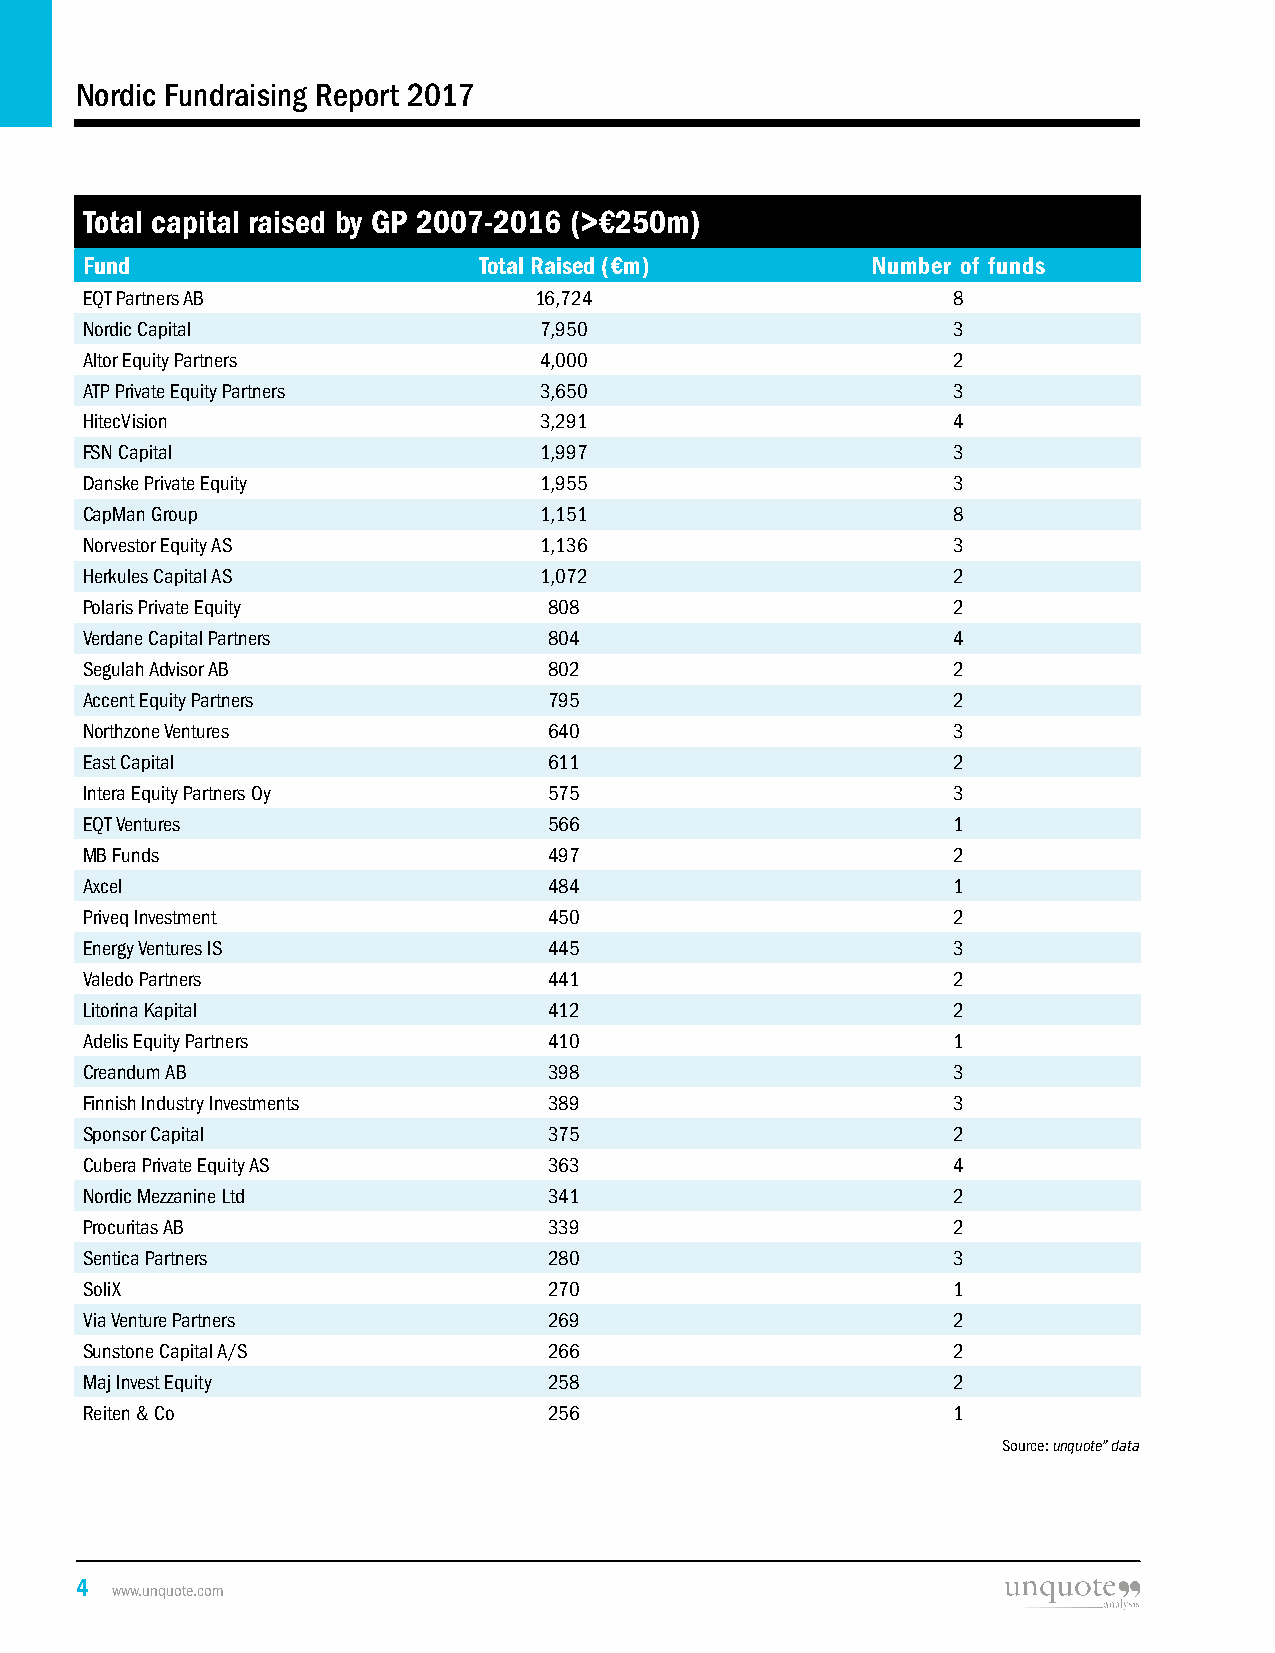
Nordic Fundraising Report 2017
 Total capital raised by GP 2007-2016 (>€250m)
 Fund                       Total Raised (€m)         Number of funds
 EQT Partners AB               16,724                      8
 Nordic Capital                 7,950                      3
 Altor Equity Partners          4,000                      2
 ATP Private Equity Partners    3,650                      3
 HitecVision                    3,291                      4
 FSN Capital                    1,997                      3
 Danske Private Equity          1,955                      3
 CapMan Group                   1,151                      8
 Norvestor Equity AS            1,136                      3
 Herkules Capital AS            1,072                      2
 Polaris Private Equity         808                        2
 Verdane Capital Partners       804                        4
 Segulah Advisor AB             802                        2
 Accent Equity Partners         795                        2
 Northzone Ventures             640                        3
 East Capital                   611                        2
 Intera Equity Partners Oy      575                        3
 EQT Ventures                   566                        1
 MB Funds                       497                        2
 Axcel                          484                        1
 Priveq Investment              450                        2
 Energy Ventures IS             445                        3
 Valedo Partners                441                        2
 Litorina Kapital               412                        2
 Adelis Equity Partners         410                        1
 Creandum AB                    398                        3
 Finnish Industry Investments   389                        3
 Sponsor Capital                375                        2
 Cubera Private Equity AS       363                        4
 Nordic Mezzanine Ltd           341                        2
 Procuritas AB                  339                        2
 Sentica Partners               280                        3
 SoliX                          270                        1
 Via Venture Partners           269                        2
 Sunstone Capital A/S           266                        2
 Maj Invest Equity              258                        2
 Reiten & Co                    256                        1
 Source: unquote” data
 4
 www.unquote.com